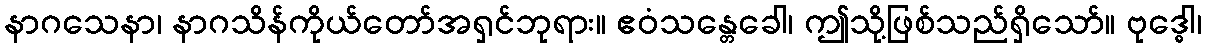
နာဂသေနာ၊ နာဂသိန်ကိုယ်တော်အရှင်ဘုရား။ ဧဝံသန္တေခေါ၊ ဤသို့ဖြစ်သည်ရှိသော်။ ဗုဒ္ဓေါ၊